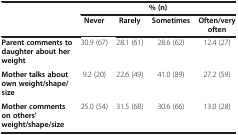
<table><thead><tr><td rowspan="2"><b> </b></td><td colspan="4"><b>% (n)</b></td></tr><tr><td><b>Never</b></td><td><b>Rarely</b></td><td><b>Sometimes</b></td><td><b>Often/very often</b></td></tr></thead><tbody><tr><td><b>Parent comments to daughter about her weight</b></td><td>30.9 (67)</td><td>28.1 (61)</td><td>28.6 (62)</td><td>12.4 (27)</td></tr><tr><td><b>Mother talks about own weight/shape/size</b></td><td>9.2 (20)</td><td>22.6 (49)</td><td>41.0 (89)</td><td>27.2 (59)</td></tr><tr><td><b>Mother comments on others’ weight/shape/size</b></td><td>25.0 (54)</td><td>31.5 (68)</td><td>30.6 (66)</td><td>13.0 (28)</td></tr></tbody></table>